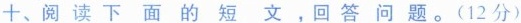
+、阅读下面的短文，回答问题。(12分)